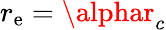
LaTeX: r_{\mathrm{e}}=\alphar_{c}